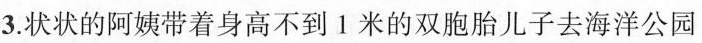
3.状状的阿姨带着身高不到Ⅰ米的双胞胎儿子去海洋公园